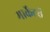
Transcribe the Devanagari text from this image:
मार्केटरों